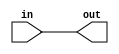
module wire1(
    input in,
    output out);
 assign out = in;
endmodule